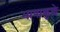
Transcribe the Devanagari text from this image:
भाषाकुळे